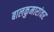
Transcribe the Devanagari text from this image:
बालकुमारांवर